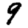
Digit: 9